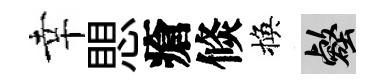
幸愳瘡倐換壑